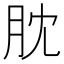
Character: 䏙